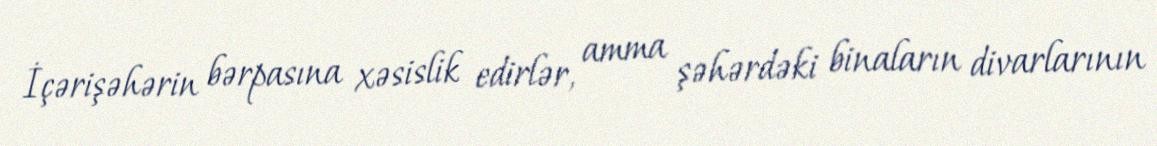
İçərişəhərin bərpasına xəsislik edirlər, amma şəhərdəki binaların divarlarının